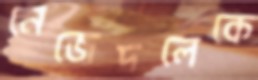
নেজেদলেকে